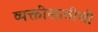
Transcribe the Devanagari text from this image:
व्यक्तींसाठीची